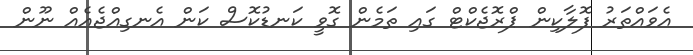
އެވައްތަރު ފޮލާކިން ޕްރޮޖެކްޓް ގައި ތަމެން ގޮވީ ކަނޑުކޮސް ކަން އެނގިއްޖެއެއް ނޫން